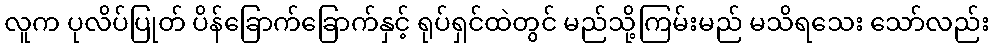
လူက ပုလိပ်ပြုတ် ပိန်ခြောက်ခြောက်နှင့် ရုပ်ရှင်ထဲတွင် မည်သို့ကြမ်းမည် မသိရသေး သော်လည်း